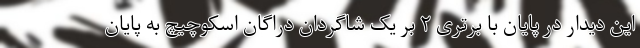
این دیدار در پایان با برتری ۲ بر یک شاگردان دراگان اسکوچیچ به پایان